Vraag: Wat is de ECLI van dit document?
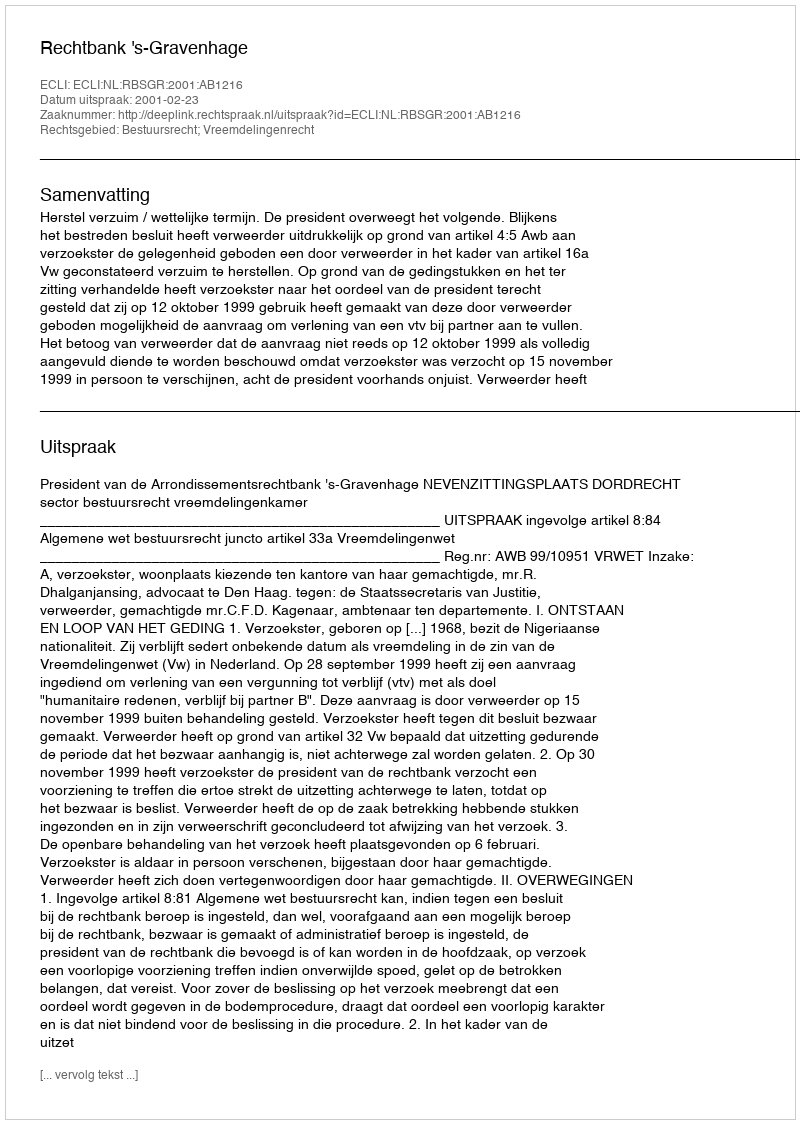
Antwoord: ECLI:NL:RBSGR:2001:AB1216